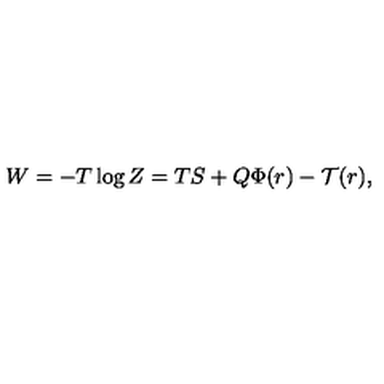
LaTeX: W = - T \log Z = T S + Q \Phi ( r ) - \mathcal { T } ( r ) ,